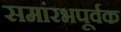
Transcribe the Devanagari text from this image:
समांरभपूर्वक